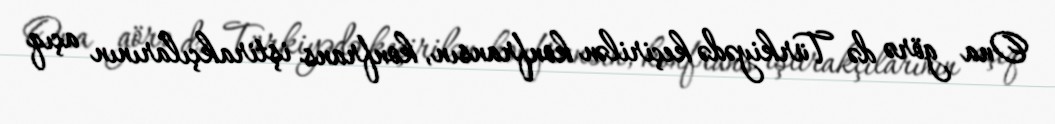
Ona görə də Türkiyədə keçirilən konfransın, konfrans iştirakçılarının açıq